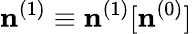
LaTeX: {\mathbf n}^{(1)}\equiv{\mathbf n}^{(1)}[{\mathbf n}^{(0)}]